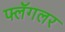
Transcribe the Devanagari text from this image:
फ्लॅगलर